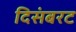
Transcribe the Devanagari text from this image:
दिसंबरट